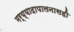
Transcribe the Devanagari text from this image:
मर्य्यादापालनासही